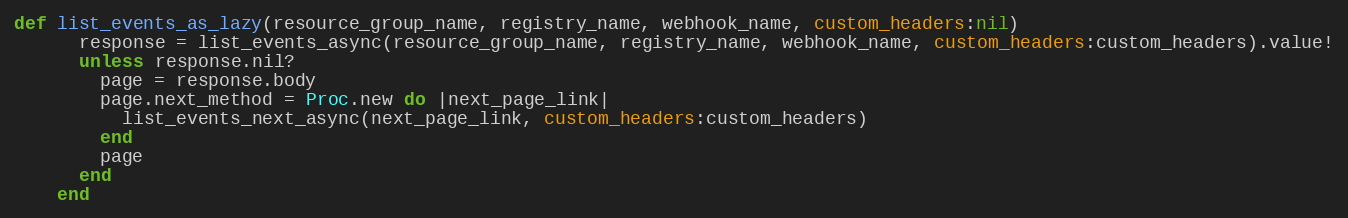
Language: Ruby
def list_events_as_lazy(resource_group_name, registry_name, webhook_name, custom_headers:nil)
      response = list_events_async(resource_group_name, registry_name, webhook_name, custom_headers:custom_headers).value!
      unless response.nil?
        page = response.body
        page.next_method = Proc.new do |next_page_link|
          list_events_next_async(next_page_link, custom_headers:custom_headers)
        end
        page
      end
    end